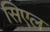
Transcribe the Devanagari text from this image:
सिएल